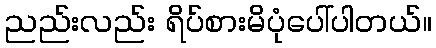
ညည်းလည်း ရိပ်စားမိပုံပေါ်ပါတယ်။